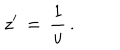
LaTeX: z ^ { \prime } \, = \, { \frac { 1 } { u } } \, .